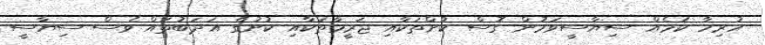
ހުރިހާ ކަމެއް ސިޔާސީވަމުން ގޮސް ކުށްތަކާއި ޖަރީމާތަކާއި ކުށުގެ އަދަބުތައް ވެސް ސިޔާސީ